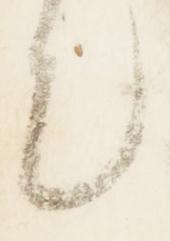
也